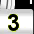
Digit: 3